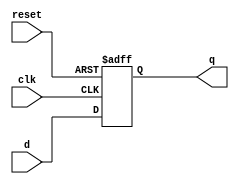
module dff16(d, clk, reset, q);

	input [15:0] d;
	input clk, reset;
	output reg [15:0] q;

	always @(posedge clk or posedge reset)
	 	if(reset)
	 		q<=16'b0;
	 	else if(clk)
	 		q<=d;
endmodule